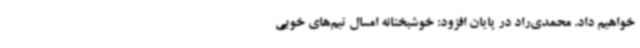
خواهیم داد. محمدی‌راد در پایان افزود: خوشبختانه امسال تیم‌های خوبی